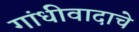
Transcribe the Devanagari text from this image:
गांधीवादाचे